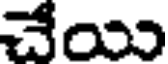
చేయి